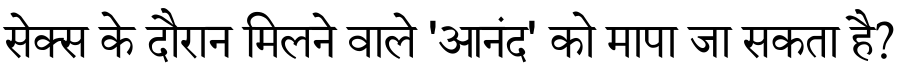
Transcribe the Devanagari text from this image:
सेक्स के दौरान मिलने वाले 'आनंद' को मापा जा सकता है?